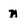
Character: n